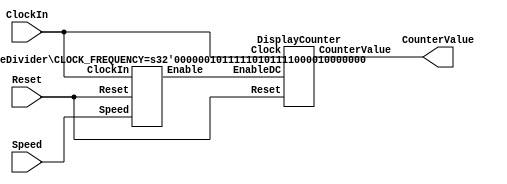
module part2
  #(parameter CLOCK_FREQUENCY = 50000000) (
  input ClockIn,
  input Reset,
  input [1:0] Speed,
  output [3:0] CounterValue
);

  wire Enable;
  RateDivider #(.CLOCK_FREQUENCY(CLOCK_FREQUENCY)) r1(.ClockIn(ClockIn), .Reset(Reset), .Speed(Speed), .Enable(Enable));
  DisplayCounter d1(.Clock(ClockIn), .Reset(Reset), .EnableDC(Enable), .CounterValue(CounterValue));
endmodule

module RateDivider #(parameter CLOCK_FREQUENCY=50000000) (
    input ClockIn,
    input Reset,
    input [1:0] Speed,
    output Enable
);
  reg [$clog2(CLOCK_FREQUENCY) :0] Q;
  always @(posedge ClockIn) begin
    if (Q == 0 || Reset) begin
          case (Speed)
              2'b00: Q <= 0;
              2'b01: Q <= CLOCK_FREQUENCY-1;
            2'b10: Q <= (CLOCK_FREQUENCY * 2)-1;
            2'b11: Q <= (CLOCK_FREQUENCY * 4)-1;
          endcase
      end
       else
        Q <= Q-1;
  end


  assign Enable = (Q == 0) ? 1'b1 : 1'b0;

endmodule


module DisplayCounter (
  input Clock,
  input Reset,
  input EnableDC,
  output reg [3:0] CounterValue
);

  always @(posedge Clock) begin
    if (Reset) begin
      CounterValue <= 4'b0000;
    end
    else if (EnableDC)
      CounterValue <= CounterValue + 1'b1;

  end

endmodule